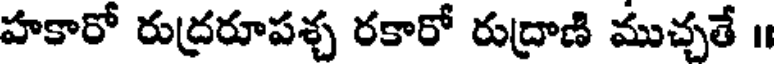
హకారో రుద్రరూపశ్చ రకారో రుద్రాణి ముచ్చతే ॥